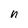
Character: n